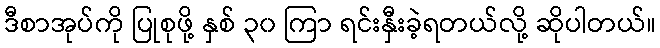
ဒီစာအုပ်ကို ပြုစုဖို့ နှစ် ၃၀ ကြာ ရင်းနှီးခဲ့ရတယ်လို့ ဆိုပါတယ်။